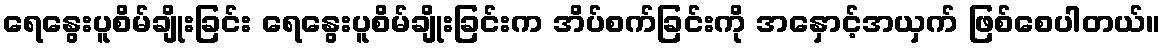
ရေနွေးပူစိမ်ချိုးခြင်း ရေနွေးပူစိမ်ချိုးခြင်းက အိပ်စက်ခြင်းကို အနှောင့်အယှက် ဖြစ်စေပါတယ်။